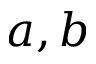
a , b